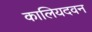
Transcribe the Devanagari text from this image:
कालियदवन